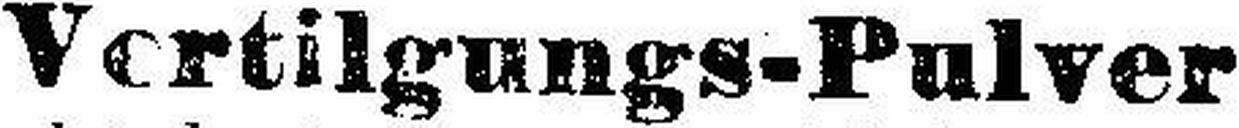
Vertilgungs-Pulver